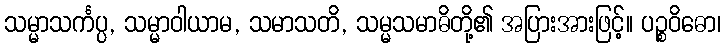
သမ္မာသင်္ကပ္ပ, သမ္မာဝါယာမ, သမာသတိ, သမ္မသမာဓိတို့၏ အပြားအားဖြင့်။ ပဉ္စဝိဓော၊